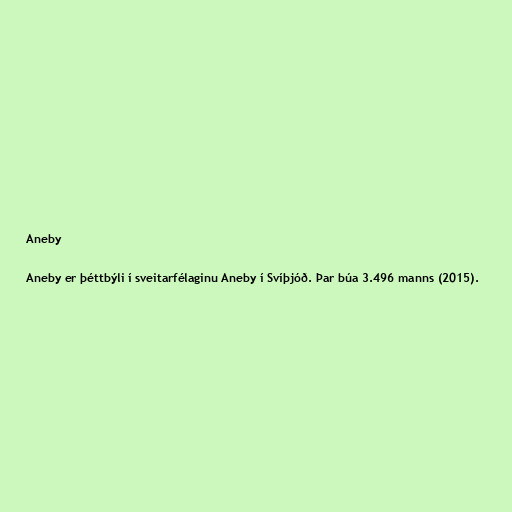
Aneby

Aneby er þéttbýli í sveitarfélaginu Aneby í Svíþjóð. Þar búa 3.496 manns (2015).